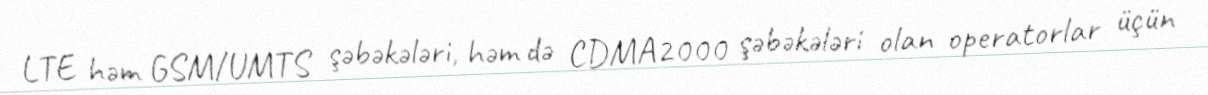
LTE həm GSM/UMTS şəbəkələri, həm də CDMA2000 şəbəkələri olan operatorlar üçün